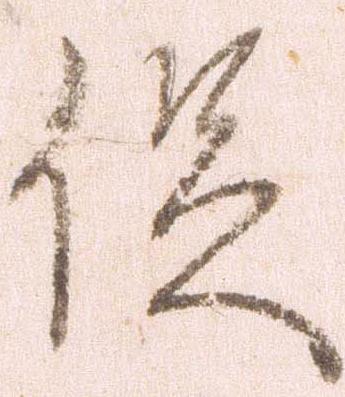
促